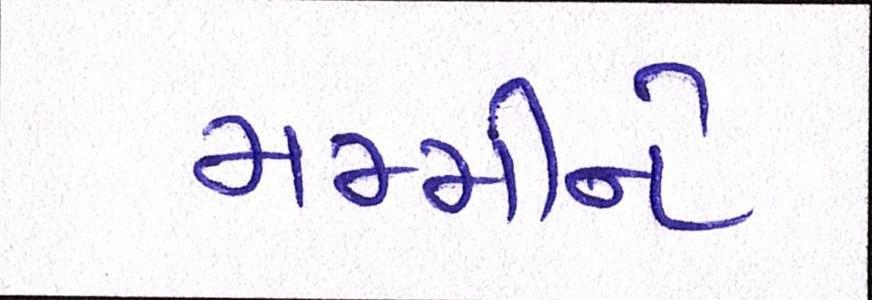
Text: મમ્મીને